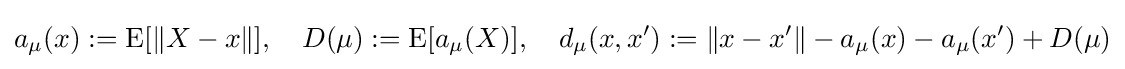
a_{\mu }(x):=\operatorname {E} [\|X-x\|],\quad D(\mu ):=\operatorname {E} [a_{\mu }(X)],\quad d_{\mu }(x,x'):=\|x-x'\|-a_{\mu }(x)-a_{\mu }(x')+D(\mu )